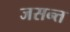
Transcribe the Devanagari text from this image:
जसन्त